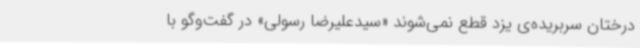
درختان سربریده‌ی یزد قطع نمی‌شوند «سیدعلیرضا رسولی» در گفت‌وگو با